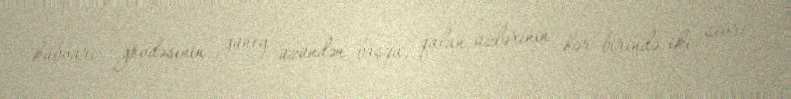
kubvari gövdəsinin güney üzündən başqa, qalan üzlərinin hər birində iki sivri